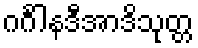
ဂင်္ဂါနဒီအာဒိသုတ္တ